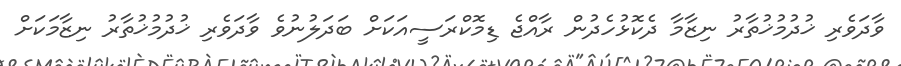
ވާދަވެރި ޚުދުމުޚުތާރު ނިޒާމާ ދެކޮޅުހެދުން ރާއްޖެ ޑިމޮކްރަސީއަކަށް ބަދަލުނުވެ ވާދަވެރި ޚުދުމުޚުތާރު ނިޒާމަކަށް